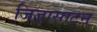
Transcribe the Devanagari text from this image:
जिज्ञासाटन